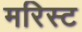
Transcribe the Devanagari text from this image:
मरिस्ट